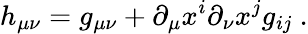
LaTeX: h_{\mu\nu}=g_{\mu\nu}+\partial_{\mu}x^{i}\partial_{\nu}x^{j}g_{ij}\ .